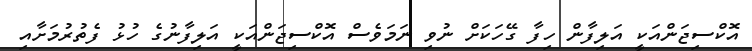
އޮކްސިޖަންއަކީ އަލިފާން ހިފާ ގޭހަކަށް ނުވި ނަމަވެސް އޮކްސިޖަންއަކީ އަލިފާނުގެ ހުޅު ފެތުރުމަށާއި